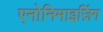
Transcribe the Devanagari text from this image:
एनोनिमाइज़िंग